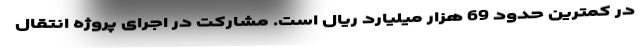
در کمترین حدود 69 هزار میلیارد ریال است. مشارکت در اجرای پروژه انتقال